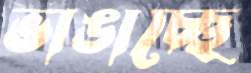
ভাঙাচ্ছে